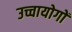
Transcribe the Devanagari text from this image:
उच्चायोगों